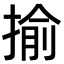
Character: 揄